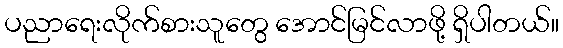
ပညာရေးလိုက်စားသူတွေ အောင်မြင်လာဖို့ ရှိပါတယ်။